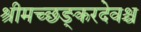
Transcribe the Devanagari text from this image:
श्रीमच्छङ्करदेवश्च